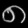
Digit: ၈